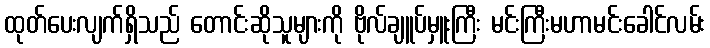
ထုတ်ပေးလျက်ရှိသည် တောင်းဆိုသူများကို ဗိုလ်ချူပ်မှူးကြီး မင်းကြီးမဟာမင်းခေါင်လမ်း